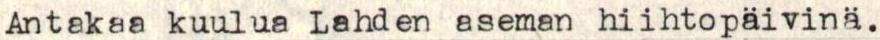
Antakaa kuulua Lahden aseman hiihtopäivinä.